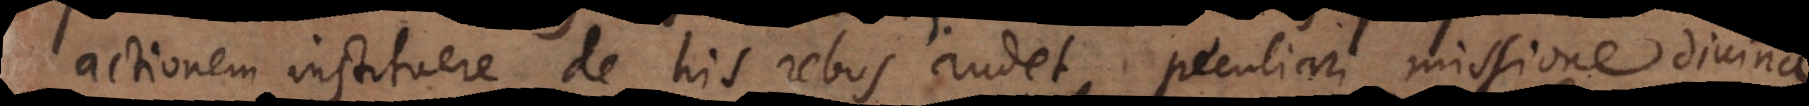
actionem instituere de his rebus audet, peculiari missione sive